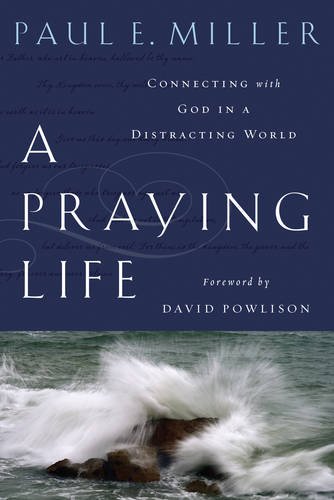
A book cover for A Praying Life:  Connecting With God In A Distracting World; Paul E. Miller; Christian Books & Bibles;